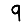
Digit: 9